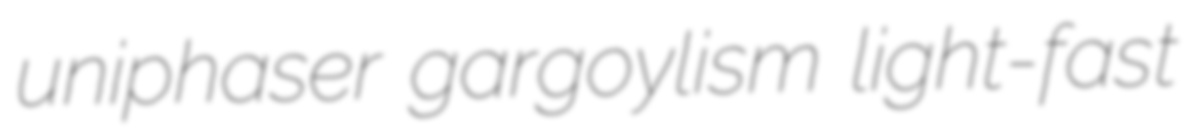
uniphaser gargoylism light-fast